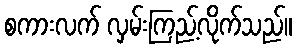
စကားလက် လှမ်းကြည့်လိုက်သည်။